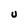
Character: U